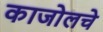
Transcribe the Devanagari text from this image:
काजोलचे